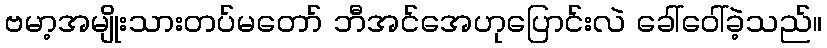
ဗမာ့အမျိုးသားတပ်မတော် ဘီအင်အေဟုပြောင်းလဲ ခေါ်ဝေါ်ခဲ့သည်။